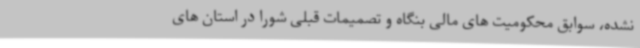
نشده، سوابق محکومیت های مالی بنگاه و تصمیمات قبلی شورا در استان های